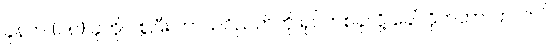
ခုနက (၁၈) ခုကိုပဲ စွဲပြီး ကာယဝိညတ်ကို ရုပ်တစ်ခုလို့ ခေါ်လိုက်တာ၊ ကလာပ်